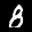
Label: 8